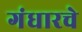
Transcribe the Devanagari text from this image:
गंधारचे